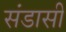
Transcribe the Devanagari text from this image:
संडासी